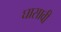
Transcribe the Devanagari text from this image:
घासावी